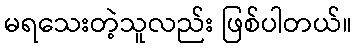
မရသေးတဲ့သူလည်း ဖြစ်ပါတယ်။